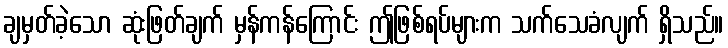
ချမှတ်ခဲ့သော ဆုံးဖြတ်ချက် မှန်ကန်ကြောင်း ဤဖြစ်ရပ်များက သက်သေခံလျက် ရှိသည်။